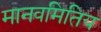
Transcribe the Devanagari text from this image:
मानवमितिय